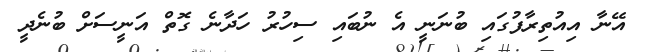
އޭނާ އިއުތިރާފުގައި ބުނަނީ އެ ނުބައި ސިހުރު ހަދާނެ ގޮތް އަނީސަށް ބުނެދީ